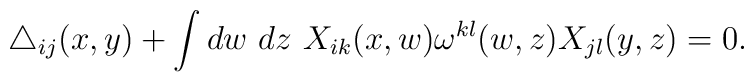
\triangle_{ij}(x,y) +   \int dw~ dz~        X_{ik}(x,w) \omega^{kl}(w,z) X_{jl}(y,z)         = 0.